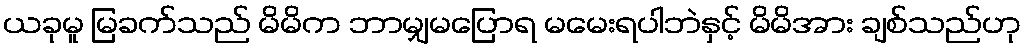
ယခုမူ မြခက်သည် မိမိက ဘာမျှမပြောရ မမေးရပါဘဲနှင့် မိမိအား ချစ်သည်ဟု